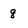
Character: 8